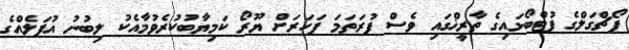
ޕޯޗްގަލްގެ ފުޓްބޯޅައިގެ ތާރީޚްގައި ވެސް ފުރަތަމަ ފަހަރަށް ޔޫރޯ ކަމިޔާބުކުރެވުމާއެކު ލިބުނު އުފަލެއްގެ